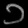
Digit: ၁